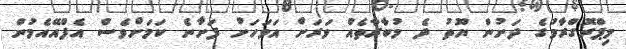
މިޕްރޮގްރާމުގެ ދަށުން ޔޫތު ދެ މުބާރާތެއް ވަރަށް އަވަހަށް ފަށާނެ ކަމަށްވެސް އެފްއޭއެމުން